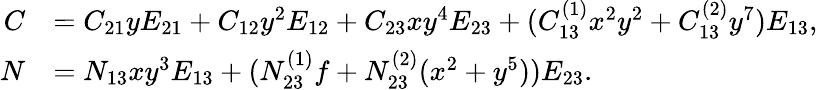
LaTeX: \begin{array}{rl}{C}&{=C_{21}yE_{21}+C_{12}y^{2}E_{12}+C_{23}xy^{4}E_{23}+(C_{13}^{(1)}x^{2}y^{2}+C_{13}^{(2)}y^{7})E_{13},}\\ {N}&{=N_{13}xy^{3}E_{13}+(N_{23}^{(1)}f+N_{23}^{(2)}(x^{2}+y^{5}))E_{23}.}\end{array}